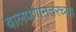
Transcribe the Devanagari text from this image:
बालपणानंतरच्या